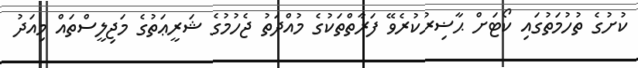
ކުށުގެ ތުހުމަތުގައި ކޯޓަށް ޙާޟިރުކުރެވޭ ފަރާތްތަކުގެ މުއްދަތު ޖެހުމުގެ ޝަރީޢަތުގެ މަޖިލީސްތައް މިއަދު